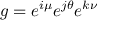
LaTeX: g = e ^ { i \mu } e ^ { j \theta } e ^ { k \nu }